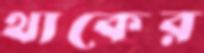
থাকের